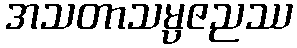
အသတာသမ္ပဇညဿ